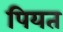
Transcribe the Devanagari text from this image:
पियत